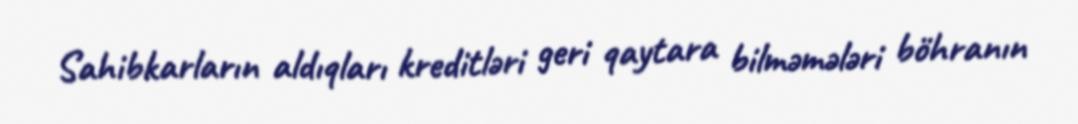
Sahibkarların aldıqları kreditləri geri qaytara bilməmələri böhranın